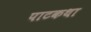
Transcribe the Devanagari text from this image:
पाटकथा